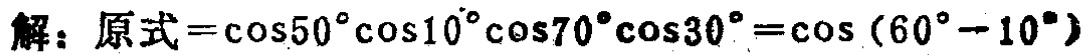
解：原式\(=\cos50^{\circ}\cos10^{\circ}\cos70^{\circ}\cos30^{\circ}=\cos(60^{\circ} - 10^{\circ})\)